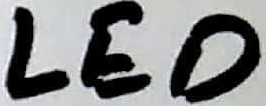
Text: LED